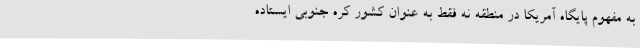
به مفهوم پایگاه آمریکا در منطقه نه فقط به عنوان کشور کره جنوبی ایستاده